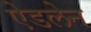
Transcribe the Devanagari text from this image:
ऐडलेन